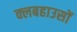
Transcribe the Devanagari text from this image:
क्लबहाउसों